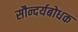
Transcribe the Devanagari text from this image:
सौन्दर्यबोधक